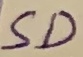
Text: SD